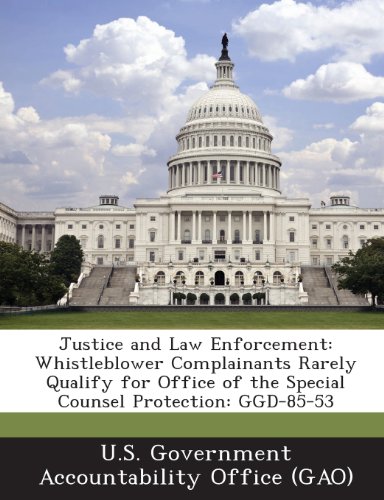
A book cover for Justice and Law Enforcement: Whistleblower Complainants Rarely Qualify for Office of the Special Counsel Protection: Ggd-85-53; Law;